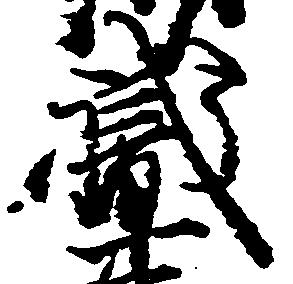
職